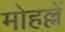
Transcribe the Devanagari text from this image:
मोहल्लें